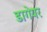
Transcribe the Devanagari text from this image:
डागेयर